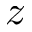
z